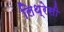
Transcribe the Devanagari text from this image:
लिथ्रेसी